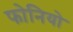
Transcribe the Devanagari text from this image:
फोनियो